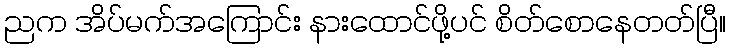
ညက အိပ်မက်အကြောင်း နားထောင်ဖို့ပင် စိတ်စောနေတတ်ပြီ။